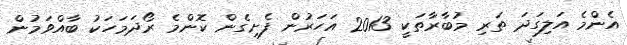
އެންމެ އަލިގަދަ ތަރި މުބާރާތަކީ 2013 އަހަރުން ފެށިގެން ކޮންމެ ރޯދަމަހަކު ބާއްވަމުން